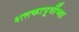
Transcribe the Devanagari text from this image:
शतकापूर्वीच्या